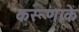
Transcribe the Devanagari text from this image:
करूणाके